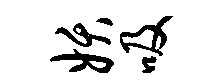
妖吸